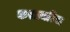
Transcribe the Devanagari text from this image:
करछमरिया